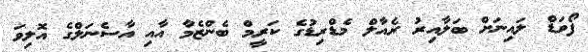
ފޯވަޑް ލައިނަށް ބަލާއިރު ރެއާލް މެޑްރިޑުގެ ކަރީމް ބެންޒެމާ އާއި އާސެނަލްގެ އޮލިވަ